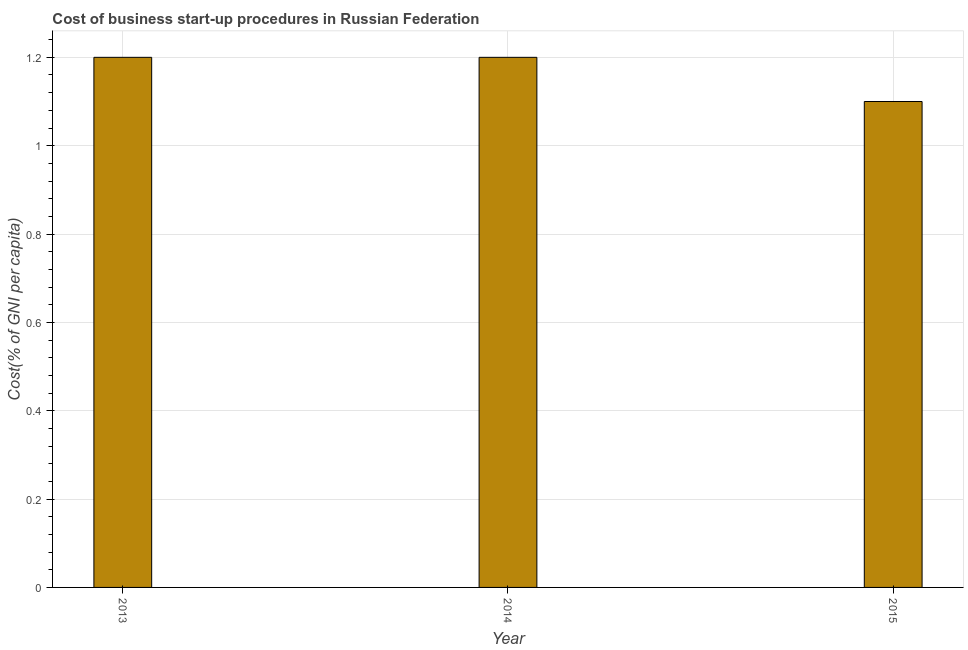
| Year | Cost |
 | --- | --- |
 | 2013 | 1.2 |
 | 2014 | 1.2 |
 | 2015 | 1.1 |